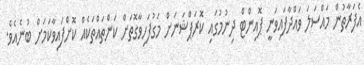
އެފަރާތުން މައްސަލަ ވައްދާފައިވަނީ ޕޮއިންޓް ދިނުމުގައި ކޮރަޕްޝަނަށް މަގުފަހިވާގޮތަށް ކަންތައްތަކެއް ކޮށްފައިވާކަމަށް ބުނެއެވެ.